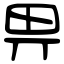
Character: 畀